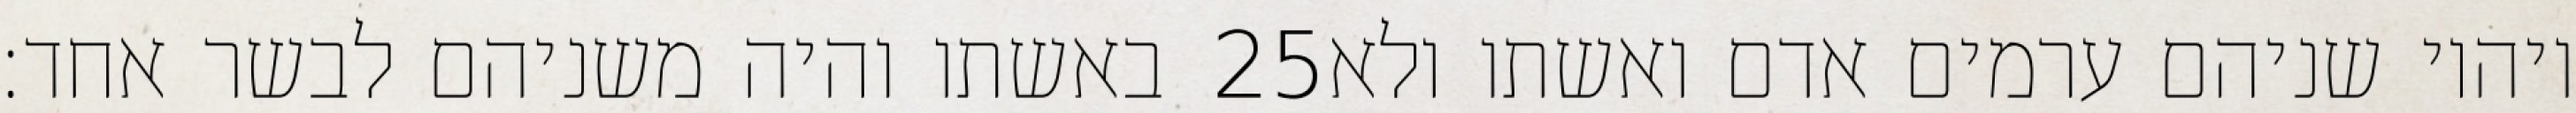
באשתו והיה משניהם לבשר אחד׃ ‎25‏ ויהיו שניהם ערמים אדם ואשתו ולא